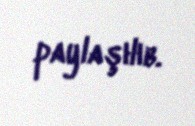
paylaşılıb.